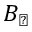
B _ { \perp }